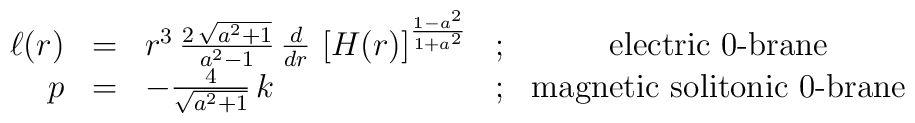
\begin{array}{rclcc} \ell(r) & = &r^3 \,  \frac{2 \, \sqrt{a^2+1}}{a^2-1}\, \frac{d}{dr} \, \left[H(r)\right]^{\frac{1-a^2}{1+a^2}}& ; & \mbox{electric $0$-brane} \\ p &=&    - \frac{ 4}{\sqrt{a^2+1}} \, k & ; & \mbox{magnetic solitonic $0$-brane}\\\end{array}